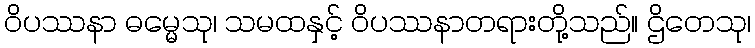
ဝိပဿနာ ဓမ္မေသု၊ သမထနှင့် ဝိပဿနာတရားတို့သည်။ ဌိတေသု၊